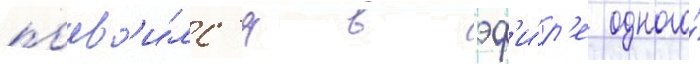
поав'и́лс'я в эф'и́р'е одного́